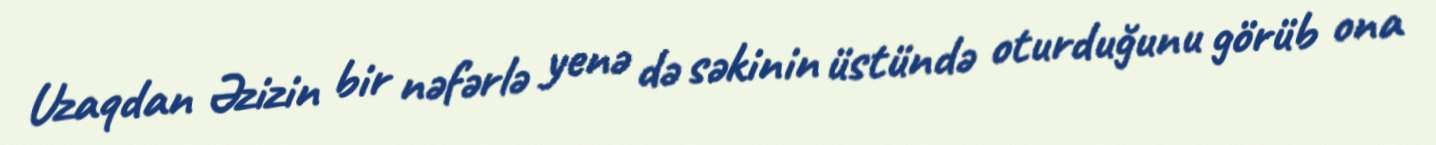
Uzaqdan Əzizin bir nəfərlə yenə də səkinin üstündə oturduğunu görüb ona